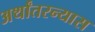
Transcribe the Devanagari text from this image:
अर्थांतरन्यास